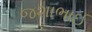
જશાભાઈ